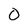
Character: 0